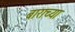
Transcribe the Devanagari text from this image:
बाराच्या